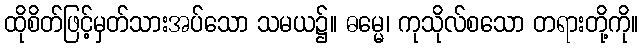
ထိုစိတ်ဖြင့်မှတ်သားအပ်သော သမယ၌။ ဓမ္မေ၊ ကုသိုလ်စသော တရားတို့ကို။